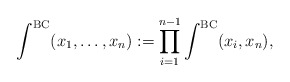
\begin{align*}\int ^{\mathrm{BC}}(x_1 ,\ldots ,x_n ):=\prod _{i=1}^{n-1} \int ^{\mathrm{BC}}(x_i ,x_n ),\end{align*}